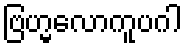
ဗြဟ္မလောကူပဂါ